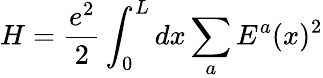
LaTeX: H=\frac{e^{2}}{2}\int_{0}^{L}dx\sum_{a}E^{a}(x)^{2}